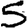
Digit: 5